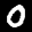
Label: 0